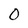
Character: 0